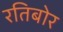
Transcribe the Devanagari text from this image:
रतिबोर